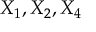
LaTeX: X _ { 1 } , X _ { 2 } , X _ { 4 }